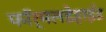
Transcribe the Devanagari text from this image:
फॉर्मलडेहाईड